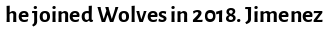
he joined Wolves in 2018. Jimenez